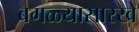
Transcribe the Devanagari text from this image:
बगळ्यासारखे